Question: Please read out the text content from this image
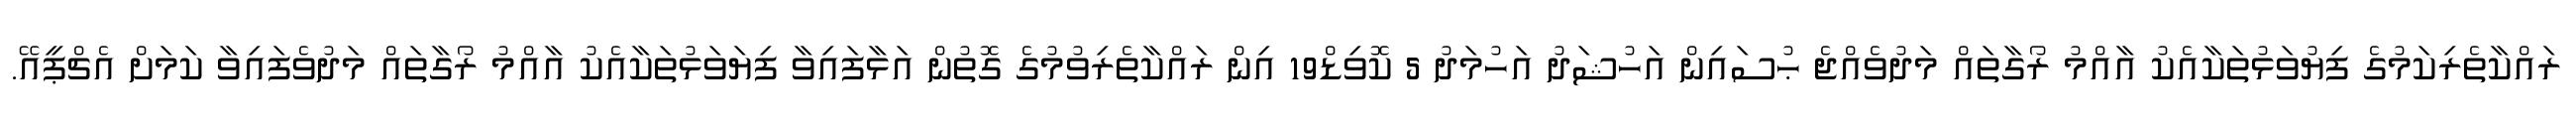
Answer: ރައްކާތެރިކަމުގެ ފިޔުވަޅުތަކާއެކު އާއްމު ރޯގާތައް މަދުވެއްޖެ ޙުސައިން އަހުޝަދު އަހުމަދު 5 ކޮވިޑް19 އިން ރައްކާތެރިވުމުގެ ގޮތުން އަޅާފައިވާ ފިޔަވަޅުތަކާއެކު އާއްމު ރޯގާތައް މަދުވެފައިވާ ކަމަށް އެޗްޕީއޭ.